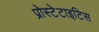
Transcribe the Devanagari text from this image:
प्रोस्टेटाइटिस